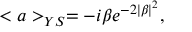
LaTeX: < a > _ { Y S } = - i \beta e ^ { - 2 \mid \beta \mid ^ { 2 } } ,